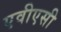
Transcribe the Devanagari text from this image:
एवीएसी